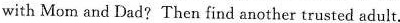
with Mom and Dad? Then find another \underline{trusted} adult.